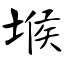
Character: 堠